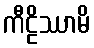
ကီဠိဿာမိ